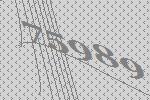
75989